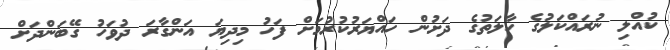
ކުއްލި ނުރައްކަލުގެ ހާލަތުގެ ދަށުން ހައްޔަރުކުރުމަށް ފަހު މިދިޔަ އަންގާރަ ދުވަހު ގޭބަންދަށް